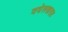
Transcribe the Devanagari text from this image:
वघेलखण्ड